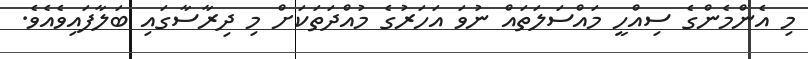
މި އެންމެންގެ ސިއްހީ މައްސަލަތައް ނުވަ އަހަރުގެ މުއްދަތަކަށް މި ދިރާސާގައި ބަލާފައިވެއެވެ.